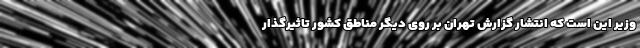
وزیر این است که انتشار گزارش تهران بر روی دیگر مناطق کشور تاثیرگذار